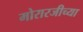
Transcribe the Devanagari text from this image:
मोरारजीच्या